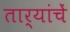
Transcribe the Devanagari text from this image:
तार्यांचें